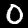
Digit: 0